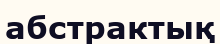
абстрактық